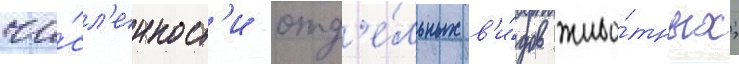
чи́сл'енност'и отд'е́льных в'и́дов живо́тных;